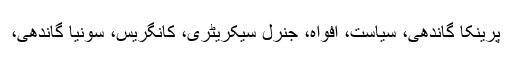
پرینکا گاندھی، سیاست، افواہ، جنرل سیکریٹری، کانگریس، سونیا گاندھی،